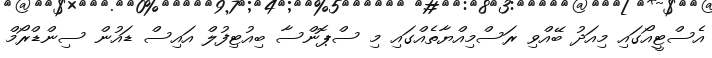
އެސްޓީއޯގައި މިއަދު ބޭއްވި ރަސްމިއްޔާތެއްގައި މި ސްޕޮންސާ ބިއުޓިފުލް އައިސް ޑައުން ސިންޑްރޯމް